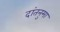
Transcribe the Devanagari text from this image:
दांतनुमा